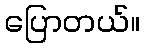
ပြောတယ်။